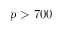
p > 7 0 0